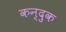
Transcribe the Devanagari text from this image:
कन्दुक